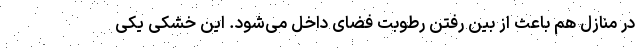
در منازل هم باعث از بین رفتن رطوبت فضای داخل می‌شود. این خشکی یکی